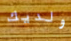
ولديك